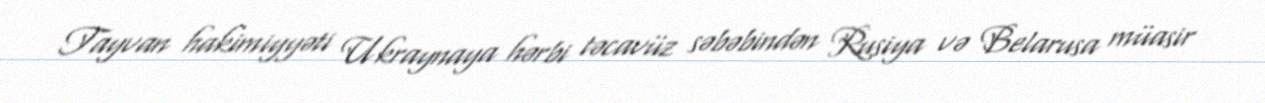
Tayvan hakimiyyəti Ukraynaya hərbi təcavüz səbəbindən Rusiya və Belarusa müasir